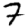
Digit: 7